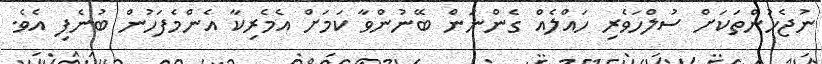
ނުޖެހުންތަކަށް ސުލްހަވެރި ހައްލެއް ގެންނަން ބޭނުންވާ ކަމަށް އެމެރިކާ އެންމެފަހުން ބުނެފި އެވެ.